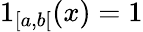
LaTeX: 1_{[a,b[}(x)=1